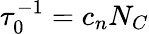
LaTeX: \tau_{0}^{-1}=c_{n}N_{C}